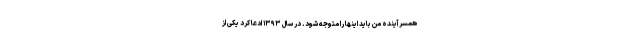
همسر آینده من باید اینها را متوجه شود. در سال ۱۳۹۳ ادعا کرد یکی از